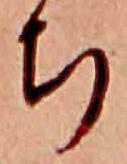
ち